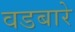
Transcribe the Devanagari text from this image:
वडबारे